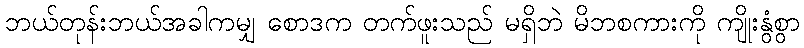
ဘယ်တုန်းဘယ်အခါကမျှ စောဒက တက်ဖူးသည် မရှိဘဲ မိဘစကားကို ကျိုးနွံစွာ